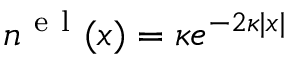
n ^ { \ensuremath { \mathrm { ~ e ~ l ~ } } } ( x ) = \kappa e ^ { - 2 \kappa | x | }